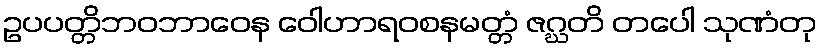
ဥပပတ္တိဘဝဘာဝေန ဝေါဟာရဝစနမတ္တံ ဇဂ္ဃတိ တပေါ သုဏံတု